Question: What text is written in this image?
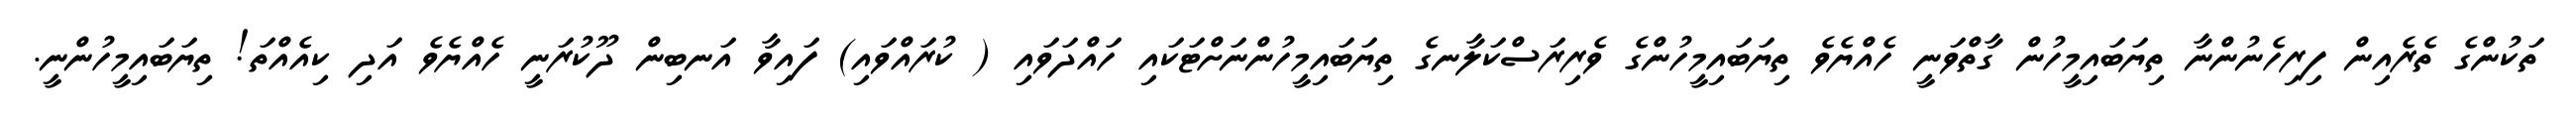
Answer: ތަކުންގެ ތެރެއިން ފިރިހެނުންނާ ތިޔަބައިމީހުން ގާތްވަނީ ހެއްޔެވެ ތިޔަބައިމީހުންގެ ވެރިރަސްކަލާނގެ ތިޔަބައިމީހުންނަށްޓަކައި ހައްދަވައި ( ކުރައްވައި) ފައިވާ އަނބިން ދޫކުރަނީ ހެއްޔެވެ އަދި ކިއެއްތަ! ތިޔަބައިމީހުންނީ.